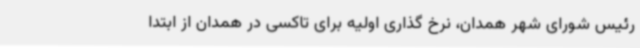
رئیس شورای شهر همدان، نرخ گذاری اولیه برای تاکسی در همدان از ابتدا